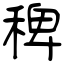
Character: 稗